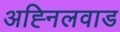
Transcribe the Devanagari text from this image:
अह्निलवाड